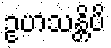
ဥဟသန္တိပိ